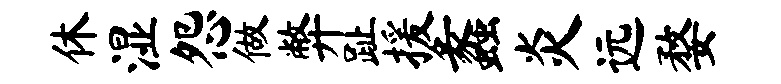
休湿怨做弊趾援蠡炎远婺